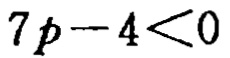
\(7p - 4 < 0\)